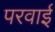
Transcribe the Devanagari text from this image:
परवाई